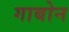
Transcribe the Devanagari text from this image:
गाबोन